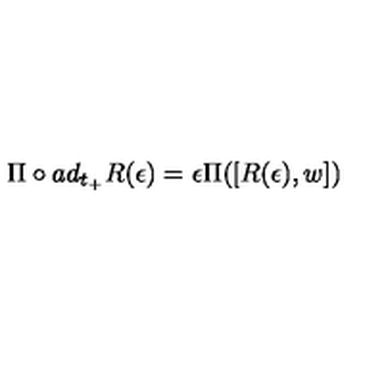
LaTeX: \Pi \circ a d _ { t _ { + } } R ( \epsilon ) = \epsilon \Pi ( [ R ( \epsilon ) , w ] )